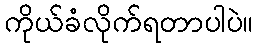
ကိုယ်ခံလိုက်ရတာပါပဲ။